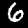
Digit: 6